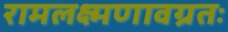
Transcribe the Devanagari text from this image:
रामलक्ष्मणावग्रतः